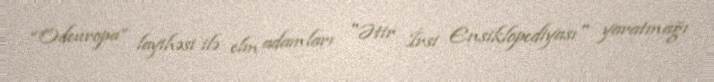
“Odeuropa” layihəsi ilə elm adamları "Ətir İrsi Ensiklopediyası" yaratmağı